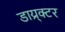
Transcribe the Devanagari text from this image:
डाय्र्क्टर